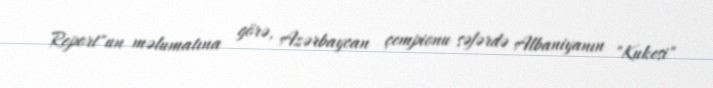
Report"un məlumatına görə, Azərbaycan çempionu səfərdə Albaniyanın "Kukesi"